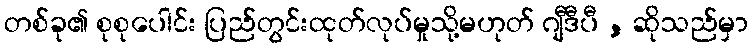
တစ်ခု၏ စုစုပေါင်း ပြည်တွင်းထုတ်လုပ်မှုသို့မဟုတ် ဂျီဒီပီ , ဆိုသည်မှာ